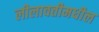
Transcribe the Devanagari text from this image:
लीलावतीमधील